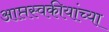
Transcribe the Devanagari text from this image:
आप्तस्वकीयांच्या